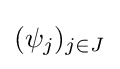
(\psi _{j})_{j\in J}